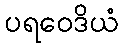
ပရဝေဒိယံ